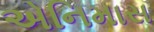
એનિમાસ